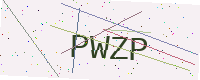
Text: PWZP